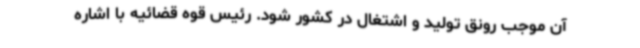
آن موجب رونق تولید و اشتغال در کشور شود. رئیس قوه قضائیه با اشاره